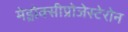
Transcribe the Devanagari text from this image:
मेड्रोक्सीप्रोजेस्टेरोन